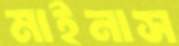
মাইনাস